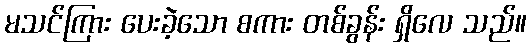
မသင်ကြား ပေးခဲ့သော စကား တစ်ခွန်း ရှိလေ သည်။